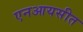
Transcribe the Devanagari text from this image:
एनआयसीत